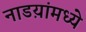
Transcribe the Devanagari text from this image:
नाडय़ांमध्ये